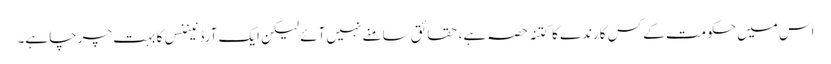
اس میں حکومت کے کس کارندے کا کتنہ حصہ ہے، حقائق سامنے نہیں آئے لیکن ایک آرڈنیننس کا بہت چرچا ہے۔